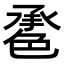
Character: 𦫠